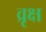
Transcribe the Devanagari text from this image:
व्रृक्ष